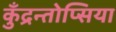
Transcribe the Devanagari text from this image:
कुँद्रन्तोप्सिया